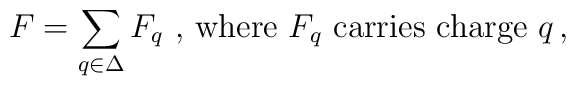
F=\sum_{q\in\Delta}F_q \mbox{ , where }F_q \mbox{ carries charge }q\,,